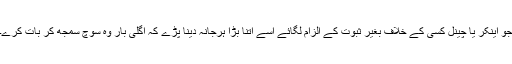
جو اینکر یا چینل کسی کے خلاف بغیر ثبوت کے الزام لگائے اسے اتنا بڑا ہرجانہ دینا پڑے کہ اگلی بار وہ سوچ سمجھ کر بات کرے۔